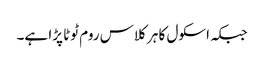
جبکہ اسکول کا ہر کلاس روم ٹوٹا پڑا ہے۔